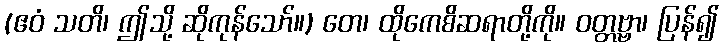
(ဧဝံ သတိ၊ ဤသို့ ဆိုကုန်သော်။) တေ၊ ထိုကေစိဆရာတို့ကို။ ဝတ္တဗ္ဗာ၊ ပြန်၍